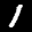
Label: 1